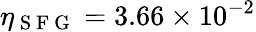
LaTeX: \eta_{\mathrm{~S~F~G~}}=3.66\times 10^{-2}